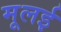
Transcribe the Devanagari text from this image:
मूलई